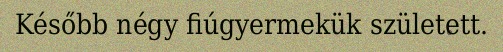
Később négy fiúgyermekük született.